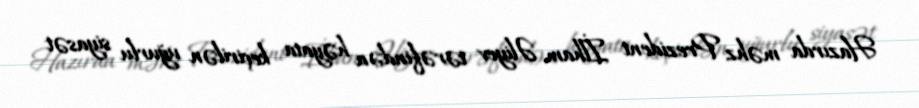
Hazırda məhz Prezident İlham Əliyev tərəfindən həyata keçirilən uğurlu siyasət